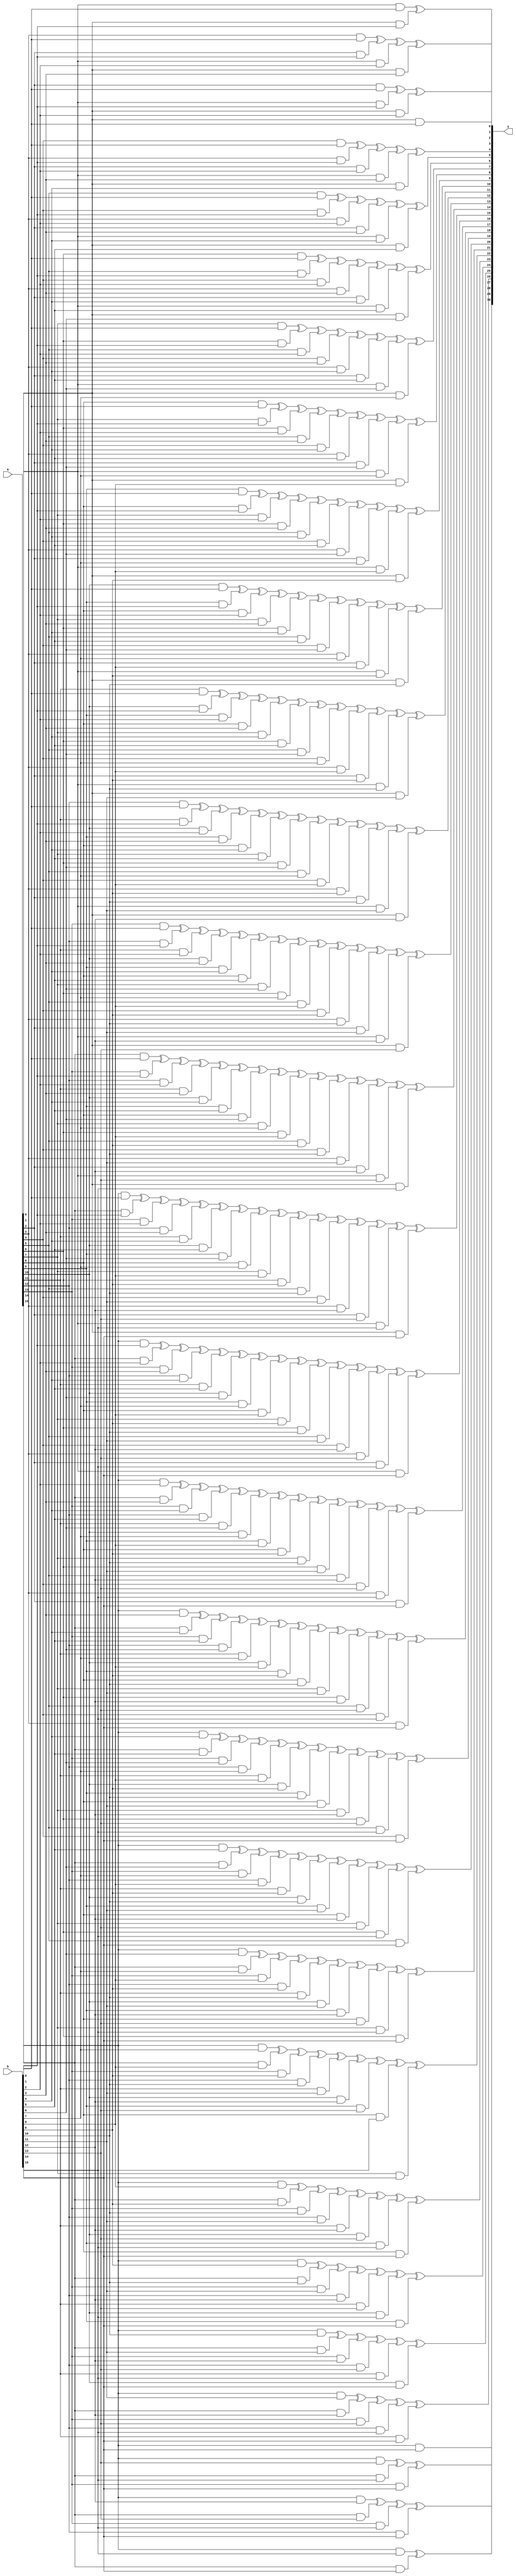
`timescale 1ns / 1ps
//////////////////////////////////////////////////////////////////////////////////
// Company: 
// 
// Design Name: 
// Module Name: CA_16bit
// Project Name: 
// Target Devices: 
// Tool Versions: 
// Description: 
// 
// Dependencies: 
// 
// Revision:
// Revision 0.01 - File Created
// Additional Comments:
// 
//////////////////////////////////////////////////////////////////////////////////


module CA_16bit(
    a,
    b,
    y
    );

input [15:0] a;
input [15:0] b;

output [30:0] y;


assign y[0] = (a[0] & b[0]);

assign y[1] = (a[1] & b[0])^(a[0] & b[1]);

assign y[2] = (a[2] & b[0])^(a[1] & b[1])^(a[0] & b[2]);

assign y[3] = (a[3] & b[0])^(a[2] & b[1])^(a[1] & b[2])^(a[0] & b[3]);

assign y[4] = (a[4] & b[0])^(a[3] & b[1])^(a[2] & b[2])^(a[1] & b[3])^(a[0] & b[4]);

assign y[5] = (a[5] & b[0])^(a[4] & b[1])^(a[3] & b[2])^(a[2] & b[3])^(a[1] & b[4])^(a[0] & b[5]);

assign y[6] = (a[6] & b[0])^(a[5] & b[1])^(a[4] & b[2])^(a[3] & b[3])^(a[2] & b[4])^(a[1] & b[5])^(a[0] & b[6]);

assign y[7] = (a[7] & b[0])^(a[6] & b[1])^(a[5] & b[2])^(a[4] & b[3])^(a[3] & b[4])^(a[2] & b[5])^(a[1] & b[6])^(a[0] & b[7]);

assign y[8] = (a[8] & b[0])^(a[7] & b[1])^(a[6] & b[2])^(a[5] & b[3])^(a[4] & b[4])^(a[3] & b[5])^(a[2] & b[6])^(a[1] & b[7])^(a[0] & b[8]);

assign y[9] = (a[9] & b[0])^(a[8] & b[1])^(a[7] & b[2])^(a[6] & b[3])^(a[5] & b[4])^(a[4] & b[5])^(a[3] & b[6])^(a[2] & b[7])^(a[1] & b[8])^(a[0] & b[9]);

assign y[10] = (a[10] & b[0])^(a[9] & b[1])^(a[8] & b[2])^(a[7] & b[3])^(a[6] & b[4])^(a[5] & b[5])^(a[4] & b[6])^(a[3] & b[7])^(a[2] & b[8])^(a[1] & b[9])^(a[0] & b[10]);

assign y[11] = (a[11] & b[0])^(a[10] & b[1])^(a[9] & b[2])^(a[8] & b[3])^(a[7] & b[4])^(a[6] & b[5])^(a[5] & b[6])^(a[4] & b[7])^(a[3] & b[8])^(a[2] & b[9])^(a[1] & b[10])^(a[0] & b[11]);

assign y[12] = (a[12] & b[0])^(a[11] & b[1])^(a[10] & b[2])^(a[9] & b[3])^(a[8] & b[4])^(a[7] & b[5])^(a[6] & b[6])^(a[5] & b[7])^(a[4] & b[8])^(a[3] & b[9])^(a[2] & b[10])^(a[1] & b[11])^(a[0] & b[12]);

assign y[13] = (a[13] & b[0])^(a[12] & b[1])^(a[11] & b[2])^(a[10] & b[3])^(a[9] & b[4])^(a[8] & b[5])^(a[7] & b[6])^(a[6] & b[7])^(a[5] & b[8])^(a[4] & b[9])^(a[3] & b[10])^(a[2] & b[11])^(a[1] & b[12])^(a[0] & b[13]);

assign y[14] = (a[14] & b[0])^(a[13] & b[1])^(a[12] & b[2])^(a[11] & b[3])^(a[10] & b[4])^(a[9] & b[5])^(a[8] & b[6])^(a[7] & b[7])^(a[6] & b[8])^(a[5] & b[9])^(a[4] & b[10])^(a[3] & b[11])^(a[2] & b[12])^(a[1] & b[13])^(a[0] & b[14]);

assign y[15] = (a[15] & b[0])^(a[14] & b[1])^(a[13] & b[2])^(a[12] & b[3])^(a[11] & b[4])^(a[10] & b[5])^(a[9] & b[6])^(a[8] & b[7])^(a[7] & b[8])^(a[6] & b[9])^(a[5] & b[10])^(a[4] & b[11])^(a[3] & b[12])^(a[2] & b[13])^(a[1] & b[14])^(a[0] & b[15]);

assign y[16] = (a[15] & b[1])^(a[14] & b[2])^(a[13] & b[3])^(a[12] & b[4])^(a[11] & b[5])^(a[10] & b[6])^(a[9] & b[7])^(a[8] & b[8])^(a[7] & b[9])^(a[6] & b[10])^(a[5] & b[11])^(a[4] & b[12])^(a[3] & b[13])^(a[2] & b[14])^(a[1] & b[15]);

assign y[17] = (a[15] & b[2])^(a[14] & b[3])^(a[13] & b[4])^(a[12] & b[5])^(a[11] & b[6])^(a[10] & b[7])^(a[9] & b[8])^(a[8] & b[9])^(a[7] & b[10])^(a[6] & b[11])^(a[5] & b[12])^(a[4] & b[13])^(a[3] & b[14])^(a[2] & b[15]);

assign y[18] = (a[15] & b[3])^(a[14] & b[4])^(a[13] & b[5])^(a[12] & b[6])^(a[11] & b[7])^(a[10] & b[8])^(a[9] & b[9])^(a[8] & b[10])^(a[7] & b[11])^(a[6] & b[12])^(a[5] & b[13])^(a[4] & b[14])^(a[3] & b[15]);

assign y[19] = (a[15] & b[4])^(a[14] & b[5])^(a[13] & b[6])^(a[12] & b[7])^(a[11] & b[8])^(a[10] & b[9])^(a[9] & b[10])^(a[8] & b[11])^(a[7] & b[12])^(a[6] & b[13])^(a[5] & b[14])^(a[4] & b[15]);

assign y[20] = (a[15] & b[5])^(a[14] & b[6])^(a[13] & b[7])^(a[12] & b[8])^(a[11] & b[9])^(a[10] & b[10])^(a[9] & b[11])^(a[8] & b[12])^(a[7] & b[13])^(a[6] & b[14])^(a[5] & b[15]);

assign y[21] = (a[15] & b[6])^(a[14] & b[7])^(a[13] & b[8])^(a[12] & b[9])^(a[11] & b[10])^(a[10] & b[11])^(a[9] & b[12])^(a[8] & b[13])^(a[7] & b[14])^(a[6] & b[15]);

assign y[22] = (a[15] & b[7])^(a[14] & b[8])^(a[13] & b[9])^(a[12] & b[10])^(a[11] & b[11])^(a[10] & b[12])^(a[9] & b[13])^(a[8] & b[14])^(a[7] & b[15]);

assign y[23] = (a[15] & b[8])^(a[14] & b[9])^(a[13] & b[10])^(a[12] & b[11])^(a[11] & b[12])^(a[10] & b[13])^(a[9] & b[14])^(a[8] & b[15]);

assign y[24] = (a[15] & b[9])^(a[14] & b[10])^(a[13] & b[11])^(a[12] & b[12])^(a[11] & b[13])^(a[10] & b[14])^(a[9] & b[15]);

assign y[25] = (a[15] & b[10])^(a[14] & b[11])^(a[13] & b[12])^(a[12] & b[13])^(a[11] & b[14])^(a[10] & b[15]);

assign y[26] = (a[15] & b[11])^(a[14] & b[12])^(a[13] & b[13])^(a[12] & b[14])^(a[11] & b[15]);

assign y[27] = (a[15] & b[12])^(a[14] & b[13])^(a[13] & b[14])^(a[12] & b[15]);

assign y[28] = (a[15] & b[13])^(a[14] & b[14])^(a[13] & b[15]);

assign y[29] = (a[15] & b[14])^(a[14] & b[15]);

assign y[30] = (a[15] & b[15]);



endmodule